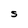
Character: S